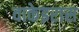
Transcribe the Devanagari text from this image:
वाकेइरास